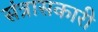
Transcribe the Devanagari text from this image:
संत्रासकारी